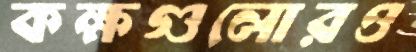
কক্ষগুলোরও